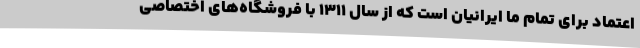
اعتماد برای تمام ما ایرانیان است که از سال ۱۳۱۱ با فروشگاه‌های اختصاصی